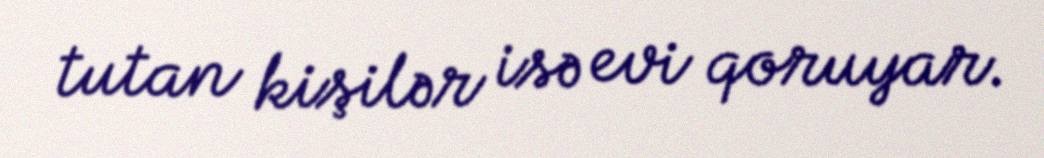
tutan kişilər isə evi qoruyar.